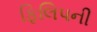
ફિલિપની